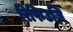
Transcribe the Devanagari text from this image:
रिफिउजि